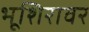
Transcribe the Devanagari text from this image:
भूशिरावर